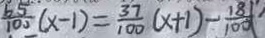
\frac { 6 5 } { 1 0 0 } ( x - 1 ) = \frac { 3 7 } { 1 0 0 } ( x + 1 ) - \frac { 1 8 1 } { 1 0 0 }